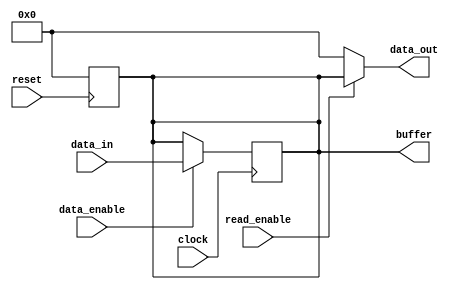
module io_block_buffer (
    input wire clock,
    input wire reset,
    input wire [7:0] data_in,
    output wire [7:0] data_out,
    input wire data_enable,
    input wire read_enable,
    output reg [7:0] buffer
);

// Reset buffer on reset signal
always @(posedge reset) begin
    buffer <= 8'b0;
end

// Write data to buffer when data_enable is high
always @(posedge clock) begin
    if(data_enable) begin
        buffer <= data_in;
    end
end

// Read data from buffer when read_enable is high
assign data_out = (read_enable) ? buffer : 8'b0;

endmodule